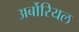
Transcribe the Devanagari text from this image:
अर्बोरियल